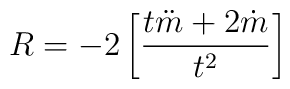
R=-2\left[\frac{t\ddot{m}+2\dot{m}}{t^2}\right]